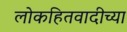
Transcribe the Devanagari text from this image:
लोकहितवादीच्या